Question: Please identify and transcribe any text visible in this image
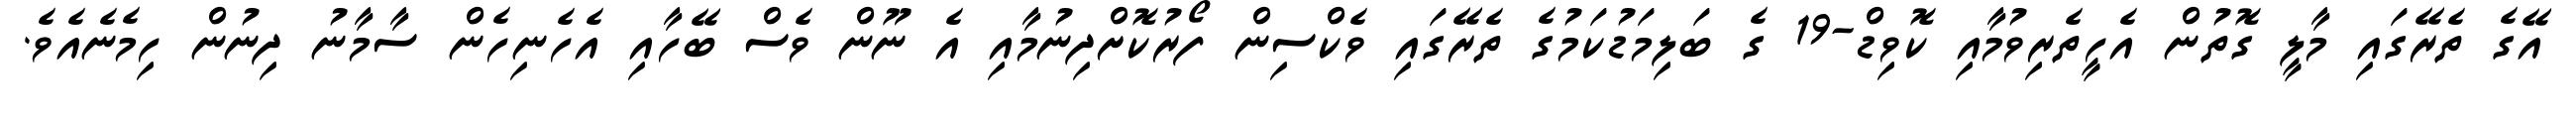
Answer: އޭގެ ތެރޭގައި މާލީ ގޮތުން އެހީތެރިވުމާއި ކޮވިޑް-19 ގެ ބަލިމަޑުކަމުގެ ތެރޭގައި ވެކްސިން ފޯރުކޮށްދިނުމާއި އެ ނޫން ވެސް ބޭހާއި އެހެނިހެން ސާމާނު ދިނުން ހިމެނެއެވެ.